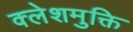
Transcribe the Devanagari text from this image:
क्लेशमुक्ति